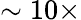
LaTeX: \sim 10\times